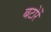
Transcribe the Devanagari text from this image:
बटोरें